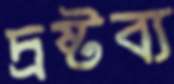
দ্রষ্টব্য